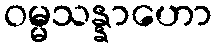
ဝမ္မသန္နာဟော